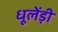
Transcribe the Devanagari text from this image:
धूलेंड़ी